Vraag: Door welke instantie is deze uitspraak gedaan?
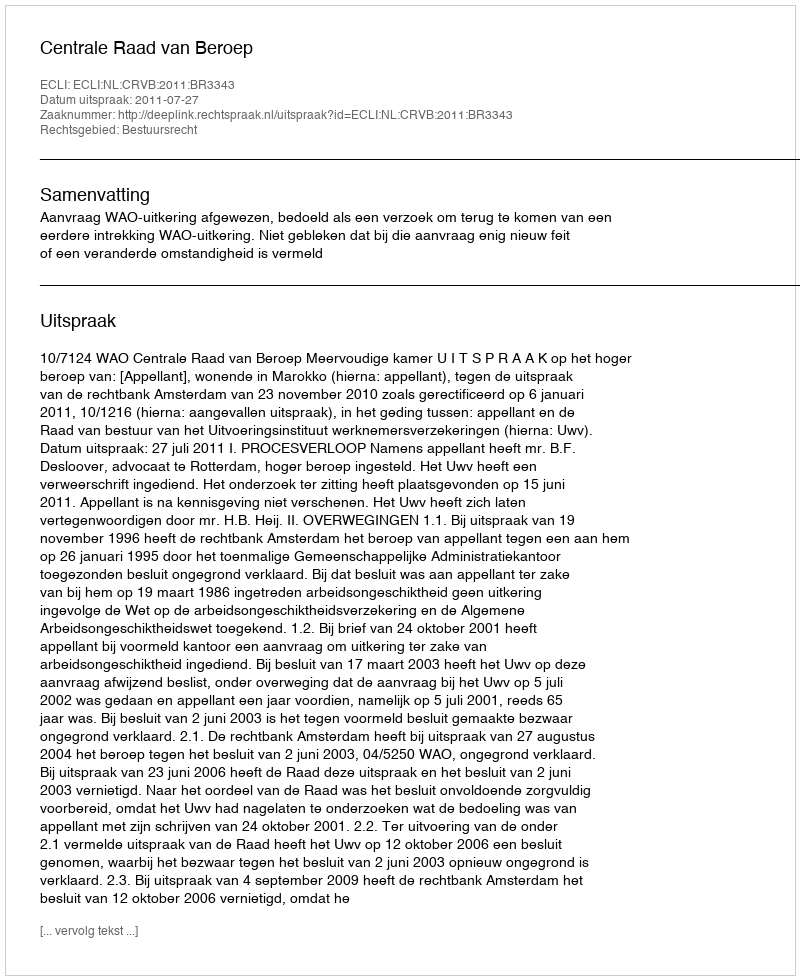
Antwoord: Centrale Raad van Beroep